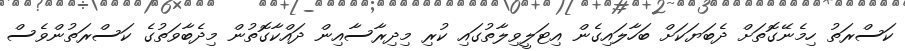
ކަސްރަތު ހިމެނޭގޮތަށް ދެބަޔަކަށް ބަހާލައިގެން އިޓަލީވިލާތުގައި ކުރި މިދިރާސާއިން ދައްކާގޮތުން މިދެބާވަތުގެ ކަސްރަތުންވެސް